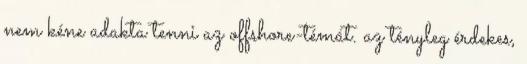
nem kéne adakta tenni az offshore-témát. az tényleg érdekes,